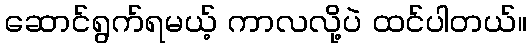
ဆောင်ရွက်ရမယ့် ကာလလို့ပဲ ထင်ပါတယ်။